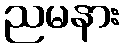
ညမနား